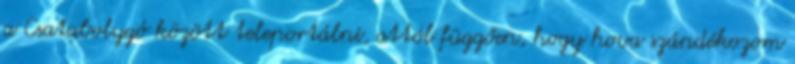
a Csatabolygó között teleportálni, attól függően, hogy hova szándékozom